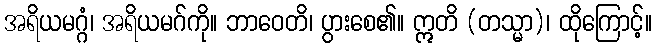
အရိယမဂ္ဂံ၊ အရိယမဂ်ကို။ ဘာဝေတိ၊ ပွားစေ၏။ ဣတိ (တသ္မာ)၊ ထိုကြောင့်။